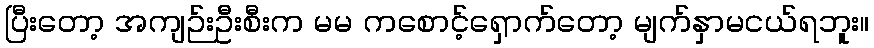
ပြီးတော့ အကျဉ်းဦးစီးက မမ ကစောင့်ရှောက်တော့ မျက်နှာမငယ်ရဘူး။